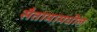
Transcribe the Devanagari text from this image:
सैतामामधील